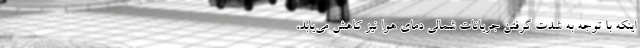
اینکه با توجه به شدت گرفتن جریانات شمالی دمای هوا نیز کاهش می‌یابد،